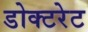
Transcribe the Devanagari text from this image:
डोक्टरेट